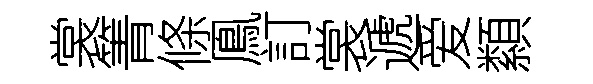
裳箐條鳯訂裳遞爱纇